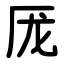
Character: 厐